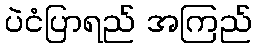
ပဲငံပြာရည် အကြည်